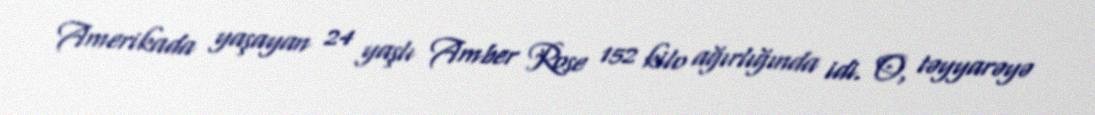
Amerikada yaşayan 24 yaşlı Amber Rose 152 kilo ağırlığında idi. O, təyyarəyə